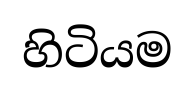
හිටියම